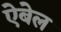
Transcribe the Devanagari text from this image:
ऐबेल